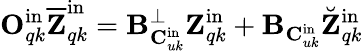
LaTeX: \mathbf{O}_{qk}^{\mathrm{in}}\overline{{\mathbf{Z}}}_{qk}^{\mathrm{in}}=\mathbf{B}_{\mathbf{C}_{uk}^{\mathrm{in}}}^{\perp}\mathbf{Z}_{qk}^{\mathrm{in}}+\mathbf{B}_{\mathbf{C}_{uk}^{\mathrm{in}}}\breve{\mathbf{Z}}_{qk}^{\mathrm{in}}